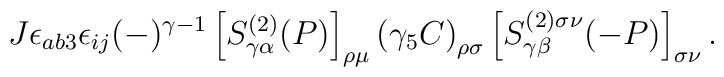
J \epsilon_{a b 3} \epsilon_{i j} (-)^{\gamma - 1} \left[ S^{(2)}_{\gamma \alpha} (P) \right]_{\rho \mu} \left( \gamma_5 C \right)_{\rho \sigma} \left[ S^{(2) \sigma \nu}_{\gamma \beta} (- P) \right]_{\sigma \nu} .